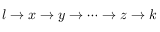
l \to x \to y \to \cdots \to z \to k